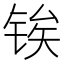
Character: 𬭐